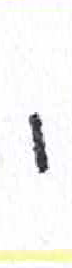
אות: ו